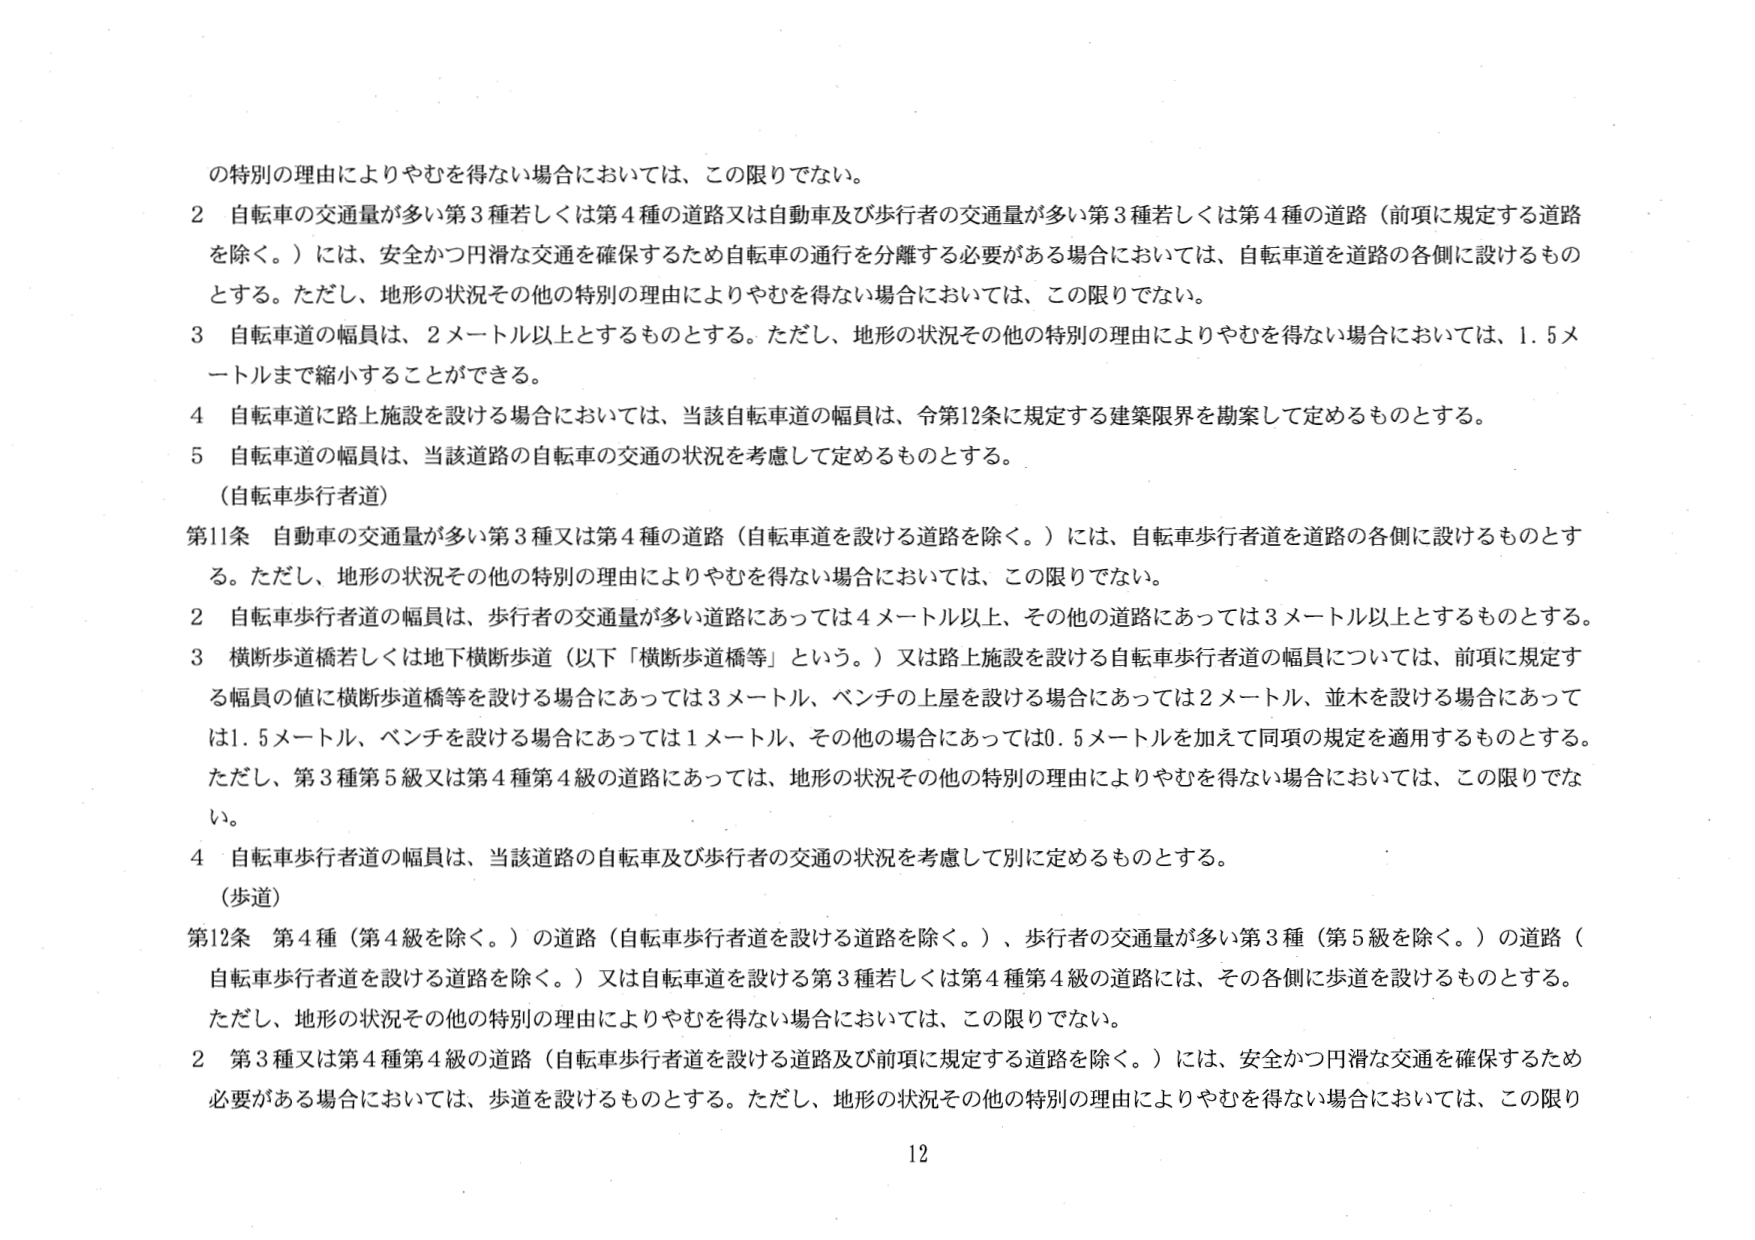
の特別の理由によりやむを得ない場合においては、この限りでない。

2 自転車の交通量が多い第3種若しくは第4種の道路又は自動車及び歩行者の交通量が多い第3種若しくは第4種の道路（前項に規定する道路を除く。）には、安全かつ円滑な交通を確保するため自転車の通行を分離する必要がある場合においては、自転車道を道路の各側に設けるものとする。ただし、地形の状況その他の特別の理由によりやむを得ない場合においては、この限りでない。

3 自転車道の幅員は、2メートル以上とするものとする。ただし、地形の状況その他の特別の理由によりやむを得ない場合においては、1.5メートルまで縮小することができる。

4 自転車道に路上施設を設ける場合においては、当該自転車道の幅員は、令第12条に規定する建築限界を勘案して定めるものとする。

5 自転車道の幅員は、当該道路の自転車の交通の状況を考慮して定めるものとする。

（自転車歩行者道）

第11条 自動車の交通量が多い第3種又は第4種の道路（自転車道を設ける道路を除く。）には、自転車歩行者道を道路の各側に設けるものとする。ただし、地形の状況その他の特別の理由によりやむを得ない場合においては、この限りでない。

2 自転車歩行者道の幅員は、歩行者の交通量が多い道路にあっては4メートル以上、その他の道路にあっては3メートル以上とするものとする。

3 横断歩道橋若しくは地下横断歩道（以下「横断歩道橋等」という。）又は路上施設を設ける自転車歩行者道の幅員については、前項に規定する幅員の値に横断歩道橋等を設ける場合にあっては3メートル、ベンチの上屋を設ける場合にあっては2メートル、並木を設ける場合にあっては1.5メートル、ベンチを設ける場合にあっては1メートル、その他の場合にあっては0.5メートルを加えて同項の規定を適用するものとする。ただし、第3種第5級又は第4種第4級の道路にあっては、地形の状況その他の特別の理由によりやむを得ない場合においては、この限りでない。

4 自転車歩行者道の幅員は、当該道路の自転車及び歩行者の交通の状況を考慮して別に定めるものとする。

（歩道）

第12条 第4種（第4級を除く。）の道路（自転車歩行者道を設ける道路を除く。）、歩行者の交通量が多い第3種（第5級を除く。）の道路（自転車歩行者道を設ける道路を除く。）又は自転車道を設ける第3種若しくは第4種第4級の道路には、その各側に歩道を設けるものとする。ただし、地形の状況その他の特別の理由によりやむを得ない場合においては、この限りでない。

2 第3種又は第4種第4級の道路（自転車歩行者道を設ける道路及び前項に規定する道路を除く。）には、安全かつ円滑な交通を確保するため必要がある場合においては、歩道を設けるものとする。ただし、地形の状況その他の特別の理由によりやむを得ない場合においては、この限り

12